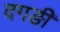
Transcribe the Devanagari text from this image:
दगङी